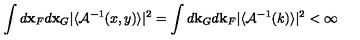
\int d { \bf x } _ { F } d { \bf x } _ { G } \vert \langle { \cal A } ^ { - 1 } ( x , y ) \rangle \vert ^ { 2 } = \int d { \bf k } _ { G } d { \bf k } _ { F } \vert \langle { \cal A } ^ { - 1 } ( k ) \rangle \vert ^ { 2 } < \infty